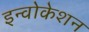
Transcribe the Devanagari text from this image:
इन्वोकेशन